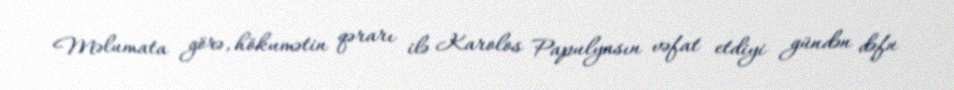
Məlumata görə, hökumətin qərarı ilə Karolos Papulyasın vəfat etdiyi gündən dəfn